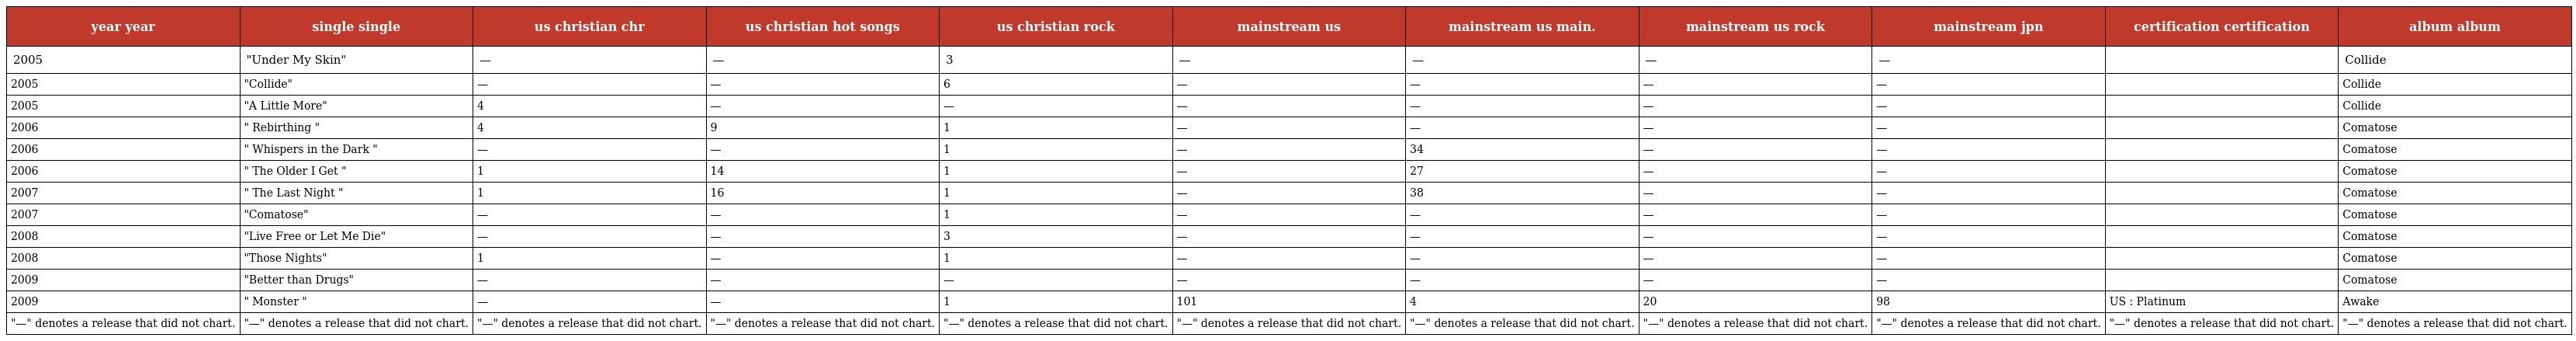
| year year | single single | us christian chr | us christian hot songs | us christian rock | mainstream us | mainstream us main. | mainstream us rock | mainstream jpn | certification certification | album album |
 | --- | --- | --- | --- | --- | --- | --- | --- | --- | --- | --- |
 | 2005 | "Under My Skin" | — | — | 3 | — | — | — | — |  | Collide |
 | 2005 | "Collide" | — | — | 6 | — | — | — | — |  | Collide |
 | 2005 | "A Little More" | 4 | — | — | — | — | — | — |  | Collide |
 | 2006 | " Rebirthing " | 4 | 9 | 1 | — | — | — | — |  | Comatose |
 | 2006 | " Whispers in the Dark " | — | — | 1 | — | 34 | — | — |  | Comatose |
 | 2006 | " The Older I Get " | 1 | 14 | 1 | — | 27 | — | — |  | Comatose |
 | 2007 | " The Last Night " | 1 | 16 | 1 | — | 38 | — | — |  | Comatose |
 | 2007 | "Comatose" | — | — | 1 | — | — | — | — |  | Comatose |
 | 2008 | "Live Free or Let Me Die" | — | — | 3 | — | — | — | — |  | Comatose |
 | 2008 | "Those Nights" | 1 | — | 1 | — | — | — | — |  | Comatose |
 | 2009 | "Better than Drugs" | — | — | — | — | — | — | — |  | Comatose |
 | 2009 | " Monster " | — | — | 1 | 101 | 4 | 20 | 98 | US : Platinum | Awake |
 | "—" denotes a release that did not chart. | "—" denotes a release that did not chart. | "—" denotes a release that did not chart. | "—" denotes a release that did not chart. | "—" denotes a release that did not chart. | "—" denotes a release that did not chart. | "—" denotes a release that did not chart. | "—" denotes a release that did not chart. | "—" denotes a release that did not chart. | "—" denotes a release that did not chart. | "—" denotes a release that did not chart. |